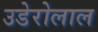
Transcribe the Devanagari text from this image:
उडेरोलाल